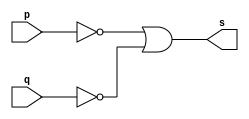
// ------------------------- 
//--Construir a tabela_verdade para a porta NAND com 2 entradas. 
//--Obs.: Usar na definio do mdulo a propriedade de Morgan.       
//----------------------------- 
// Exercicio04 - NAND
// Nome: Milton costa teles da silva
// ---------------------
// -- nand gate
// ---------------------

module nandgate (output s, input p, input q );
 assign s = ( ~p | ~q );

endmodule // nandgate

// ---------------------
// -- test nand gate
// ---------------------

module testnandgate;
 reg   a, b;
 wire  s;
          // instancia
 nandgate NAND1 (s, a, b);
 
//------------parte principal
 initial begin
      $display("Exercicio04 -  Milton teles da silva - 002751");
      $display("Test NAND gate");
      $display("\na ~& b  = s\n");
      a=0; b=0;
  #1  $display("%b ~& %b  = %b", a , b , s);
      a=0; b=1;
  #1  $display("%b ~& %b  = %b", a , b , s);
      a=1; b=0;
  #1  $display("%b ~& %b  = %b", a , b , s);
      a=1; b=1;
  #1  $display("%b ~& %b  = %b", a , b , s);

 end
endmodule // testnandgate